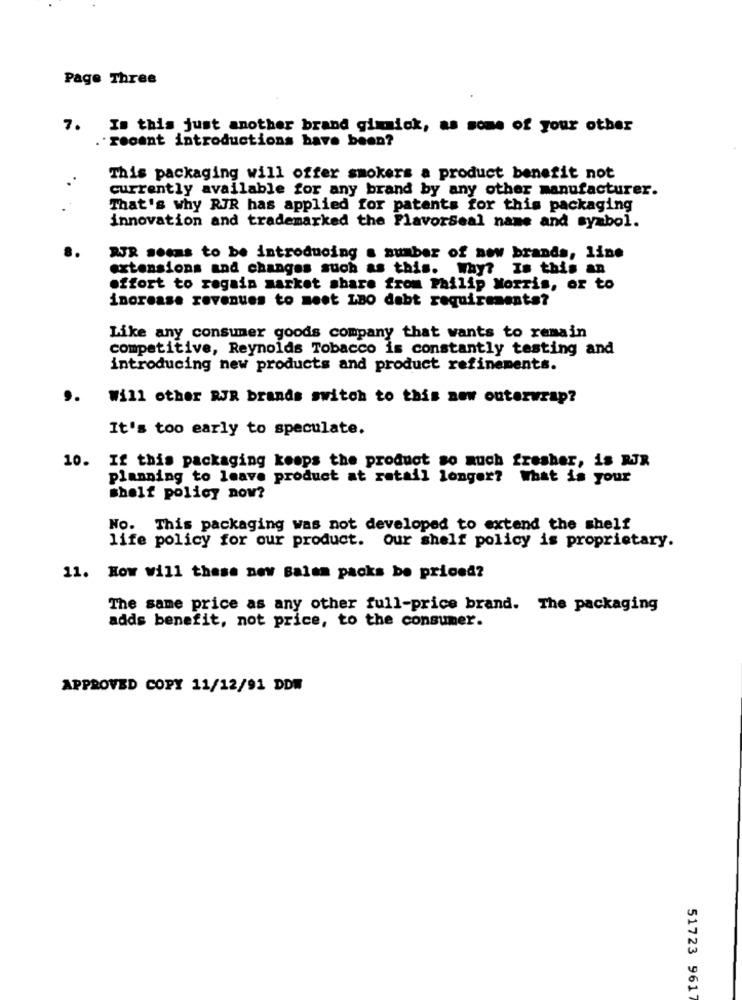
Page Three
7.
In this just another brand gimmick, as some of your other
recent introductions have been?
This packaging will offer smokers a product benefit not
currently available for any brand by any other manufacturer.
That's why RJR has applied for patents for this packaging
innovation and trademarked the Flavorseal name and symbol.
RUR seems to be introducing a number of new brands, line
extensions and changes such as this. Why? Is this an
effort to regain market share from Philip Morris, or to
increase revenues to meet LBO dabt requirements?
Like any consumer goods company that wants to remain
competitive, Reynolds Tobacco is constantly testing and
introducing new products and product refinements.
..
Will other RJR brands switch to this new outerwrap?
It's too early to speculate.
10. If this packaging keeps the product so much fresher, is RJR
planning to leave product at retail longer? What is your
shelf policy now?
No. This packaging was not developed to extend the shelf
life policy for our product. our shelf policy is proprietary.
11. How will these new Balem packs be priced?
The same price as any other full-price brand. The packaging
adds benefit, not price, to the consumer.
APPROVED COPY 11/12/91 DDW
51723 9617